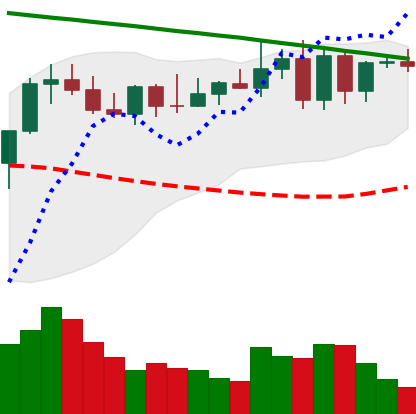
Ticker: XMR-USD
Chart end date: 2022-08-14
Forward return: -13.864%
Label: down_7plus